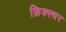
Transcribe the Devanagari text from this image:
फ़िक्स्चर